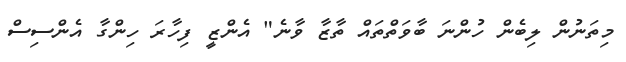
މިތަނުން ލިބެން ހުންނަ ބާވަތްތައް ތާޒާ ވާނެ" އެންޒީ ފިހާރަ ހިންގާ އެންސިސް